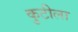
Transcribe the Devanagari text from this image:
कुटीला